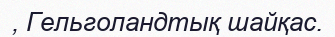
, Гельголандтық шайқас.